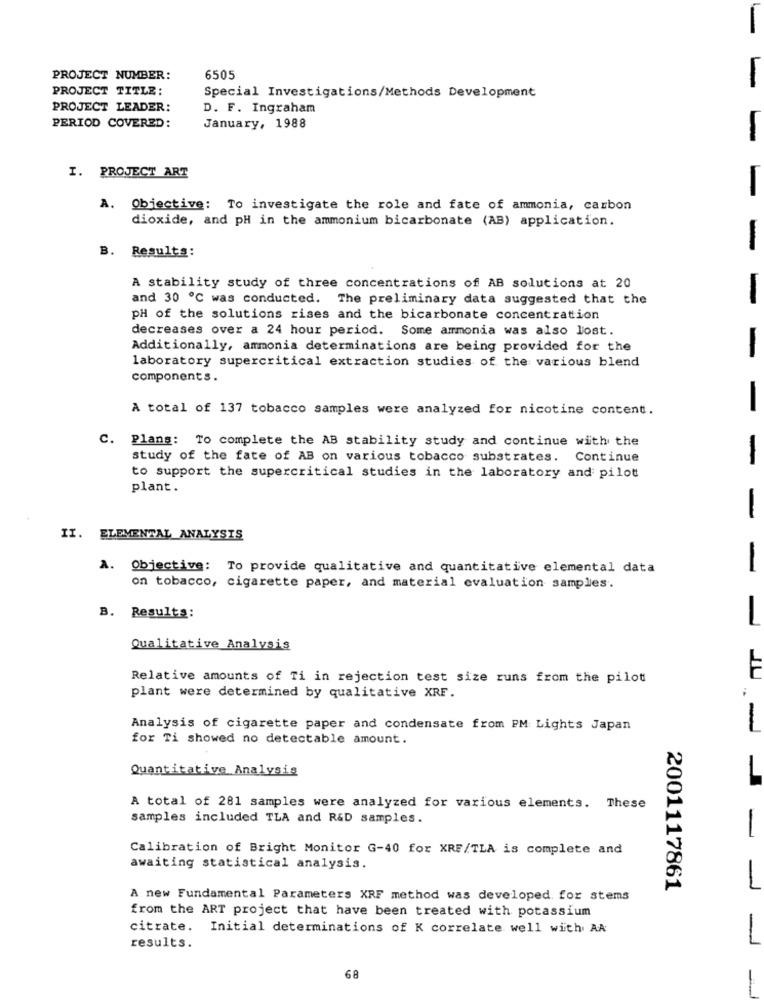
-
PROJECT NUMBER:
6505
PROJECT TITLE:
-
Special Investigations/Methods Development
PROJECT LEADER:
D. F. Ingraham
PERIOD COVERED:
January, 1988
-
I. PROJECT ART
A.
Objective: To investigate the role and fate of ammonia, carbon
dioxide, and pH in the ammonium bicarbonate (AB) application.
B. Results:
--
A stability study of three concentrations of AB solutions at 20
and 30 ℃ was conducted. The preliminary data suggested that the
-
PH of the solutions rises and the bicarbonate concentration
decreases over a 24 hour period. Some ammonia was also lost.
Additionally, ammonia determinations are being provided for the
-
laboratory supercritical extraction studies of the various blend
components.
A total of 137 tobacco samples were analyzed for nicotine content.
-
C. Plans: To complete the AB stability study and continue with the
study of the fate of AB on various tobacco substrates. Continue
-
to support the supercritical studies in the laboratory and pilot
plant.
II. ELEMENTAL ANALYSIS
A. Objective: To provide qualitative and quantitative elemental data
on tobacco, cigarette paper, and material evaluation samples.
B. Results:
- - -
Qualitative Analysis
Relative amounts of Ti in rejection test size runs from the pilot
plant were determined by qualitative XRF.
Analysis of cigarette paper and condensate from PM Lights Japan
JU -
for Ti showed no detectable amount.
Quantitative Analysis
A total of 281 samples were analyzed for various elements. These
samples included TLA and R&D samples.
Calibration of Bright Monitor G-40 for XRF/TLA is complete and
awaiting statistical analysis.
2001117861
A new Fundamental Parameters XRF method was developed for stems
from the ART project that have been treated with potassium
citrate. Initial determinations of K correlate well with AA
results.
68